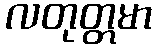
လတုတ္တမာ